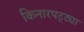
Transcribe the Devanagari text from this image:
किनारपट्ट्या